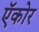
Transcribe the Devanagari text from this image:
ऍकोर